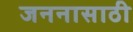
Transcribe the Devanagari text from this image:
जननासाठी